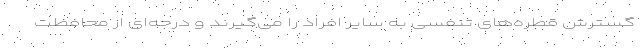
گسترش قطره‌های تنفسی به سایر افراد را می‌گیرند و درجه‌ای از محافظت